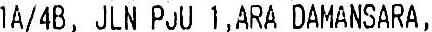
1A/4B, JLN PJU 1,ARA DAMANSARA,